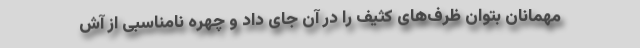
مهمانان بتوان ظرف‌های کثیف را در آن جای داد و چهره نامناسبی از آش